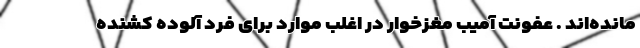
مانده‌اند . عفونت آمیب مغزخوار در اغلب موارد برای فرد آلوده کشنده